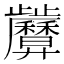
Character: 𢍷